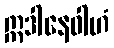
ဣဒါနေဝါဟံ